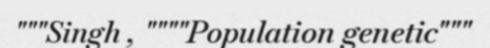
"""Singh , """"Population genetic"""